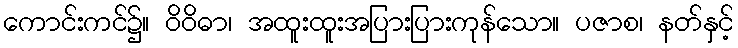
ကောင်းကင်၌။ ဝိဝိဓာ၊ အထူးထူးအပြားပြားကုန်သော။ ပဇာစ၊ နတ်နှင့်